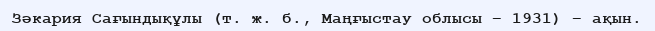
Зәкария Сағындықұлы (т. ж. б., Маңғыстау облысы – 1931) – ақын.